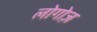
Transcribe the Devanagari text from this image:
लोगोज़